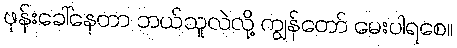
ဖုန်းခေါ်နေတာ ဘယ်သူလဲလို့ ကျွန်တော် မေးပါရစေ။